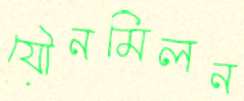
যৌনমিলন